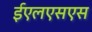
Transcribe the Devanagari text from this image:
ईएलएसएस